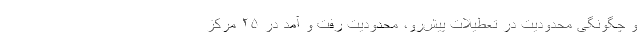
و چگونگی محدودیت در تعطیلات پیش‌رو، محدودیت رفت‌ و آمد در ۲۵ مرکز